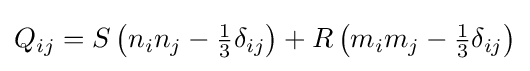
Q_{ij}=S\left(n_{i}n_{j}-{\tfrac {1}{3}}\delta _{ij}\right)+R\left(m_{i}m_{j}-{\tfrac {1}{3}}\delta _{ij}\right)